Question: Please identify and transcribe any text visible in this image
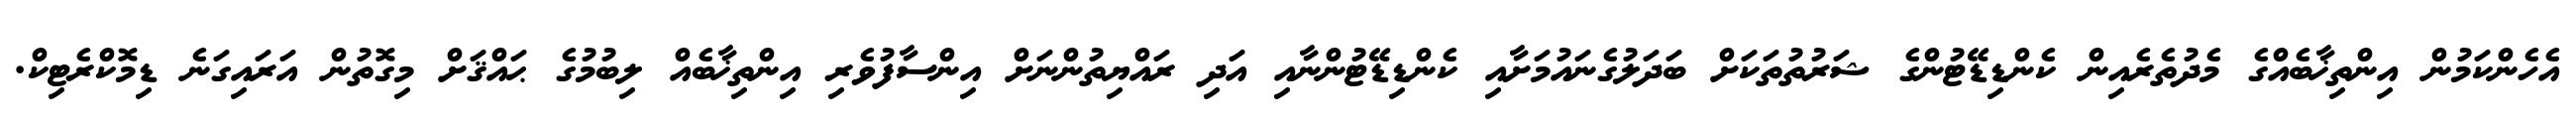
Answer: އެހެންކަމުން އިންތިޚާބެއްގެ މެދުތެރެއިން ކެންޑިޑޭޓުންގެ ޝަރުތުތަކަށް ބަދަލުގެނައުމަށާއި ކެންޑިޑޭޓުންނާއި އަދި ރައްޔިތުންނަށް އިންސާފުވެރި އިންތިޚާބެއް ލިބުމުގެ ޙައްޤަށް މިގޮތުން އަރައިގަނެ ޑިމޮކްރެޓިކް.